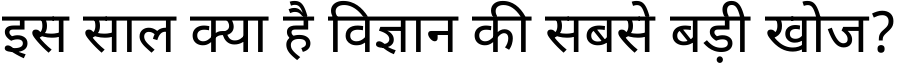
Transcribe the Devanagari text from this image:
इस साल क्या है विज्ञान की सबसे बड़ी खोज?